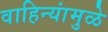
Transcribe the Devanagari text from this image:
वाहिन्यांमुळे